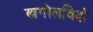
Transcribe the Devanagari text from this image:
खगोलविदो